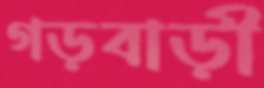
গড়বাড়ী